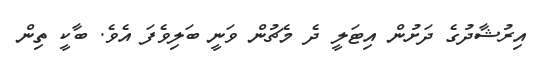
އިރުޝާދުގެ ދަށުން އިޓަލީ ދެ މެޗުން ވަނީ ބަލިވެފަ އެވެ. ބާކީ ތިން